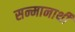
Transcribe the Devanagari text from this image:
सन्मानार्थी